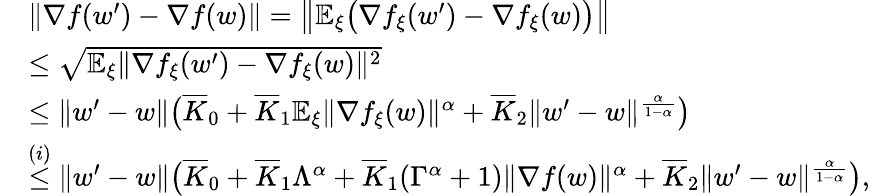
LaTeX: \begin{array}{rl}&{\| \nabla f(w^{\prime})-\nabla f(w)\| =\big\| \mathbb{E}_{\xi}\big(\nabla f_{\xi}(w^{\prime})-\nabla f_{\xi}(w)\big)\big\| }\\ &{\le\sqrt{\mathbb{E}_{\xi}\| \nabla f_{\xi}(w^{\prime})-\nabla f_{\xi}(w)\| ^{2}}}\\ &{\le\| w^{\prime}-w\| \big(\overline{{K}}_{0}+\overline{{K}}_{1}\mathbb{E}_{\xi}\| \nabla f_{\xi}(w)\| ^{\alpha}+\overline{{K}}_{2}\| w^{\prime}-w\| ^{\frac{\alpha}{1-\alpha}}\big)}\\ &{\overset{(i)}{\le}\| w^{\prime}-w\| \big(\overline{{K}}_{0}+\overline{{K}}_{1}\Lambda^{\alpha}+\overline{{K}}_{1}(\Gamma^{\alpha}+1)\| \nabla f(w)\| ^{\alpha}+\overline{{K}}_{2}\| w^{\prime}-w\| ^{\frac{\alpha}{1-\alpha}}\big),}\end{array}